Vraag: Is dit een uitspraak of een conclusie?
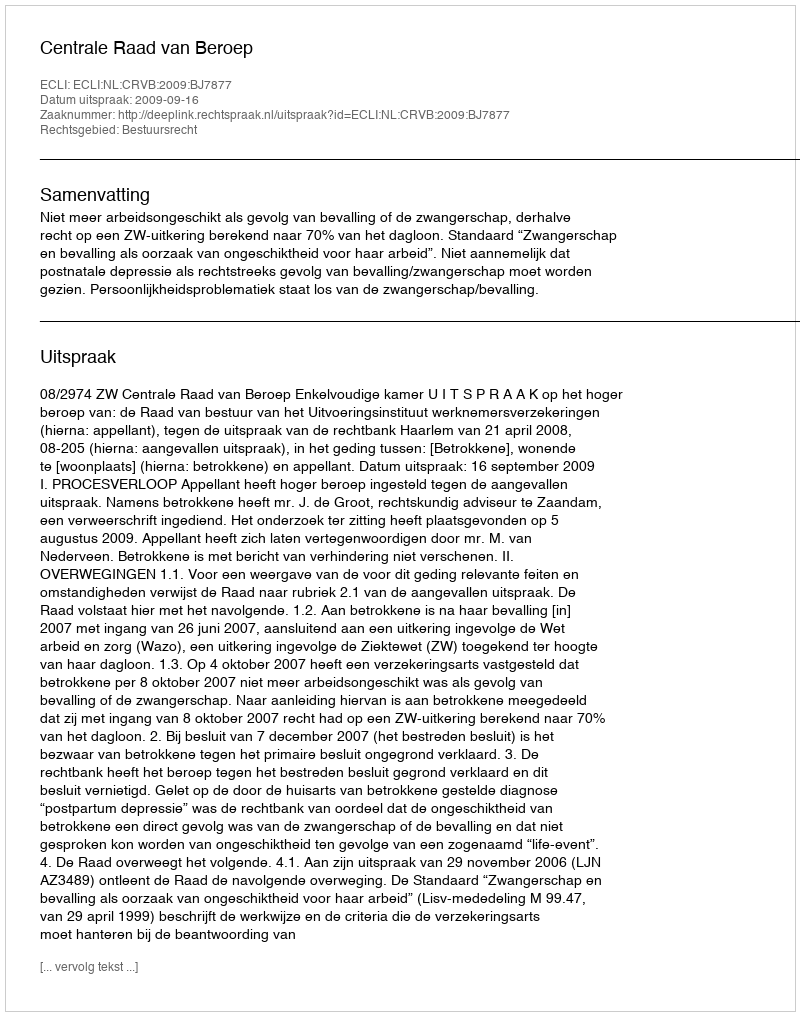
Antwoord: Uitspraak